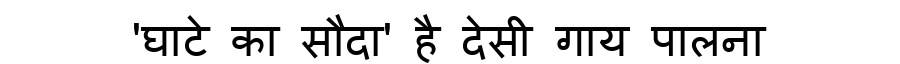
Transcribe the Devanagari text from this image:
'घाटे का सौदा' है देसी गाय पालना